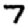
Digit: 7